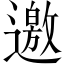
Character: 邀